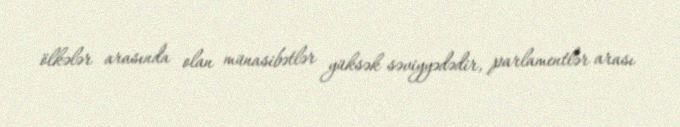
ölkələr arasında olan münasibətlər yüksək səviyyədədir, parlamentlər arası